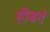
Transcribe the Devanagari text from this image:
हीबर्ग